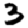
Digit: 3